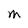
Character: M